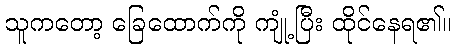
သူကတော့ ခြေထောက်ကို ကျုံ့ပြီး ထိုင်နေရ၏။